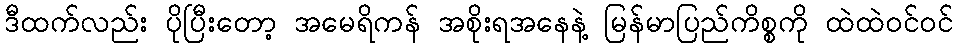
ဒီထက်လည်း ပိုပြီးတော့ အမေရိကန် အစိုးရအနေနဲ့ မြန်မာပြည်ကိစ္စကို ထဲထဲဝင်ဝင်